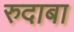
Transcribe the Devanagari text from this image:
रुदाबा